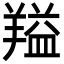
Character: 𬙻